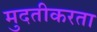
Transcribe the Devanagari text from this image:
मुदतीकरता